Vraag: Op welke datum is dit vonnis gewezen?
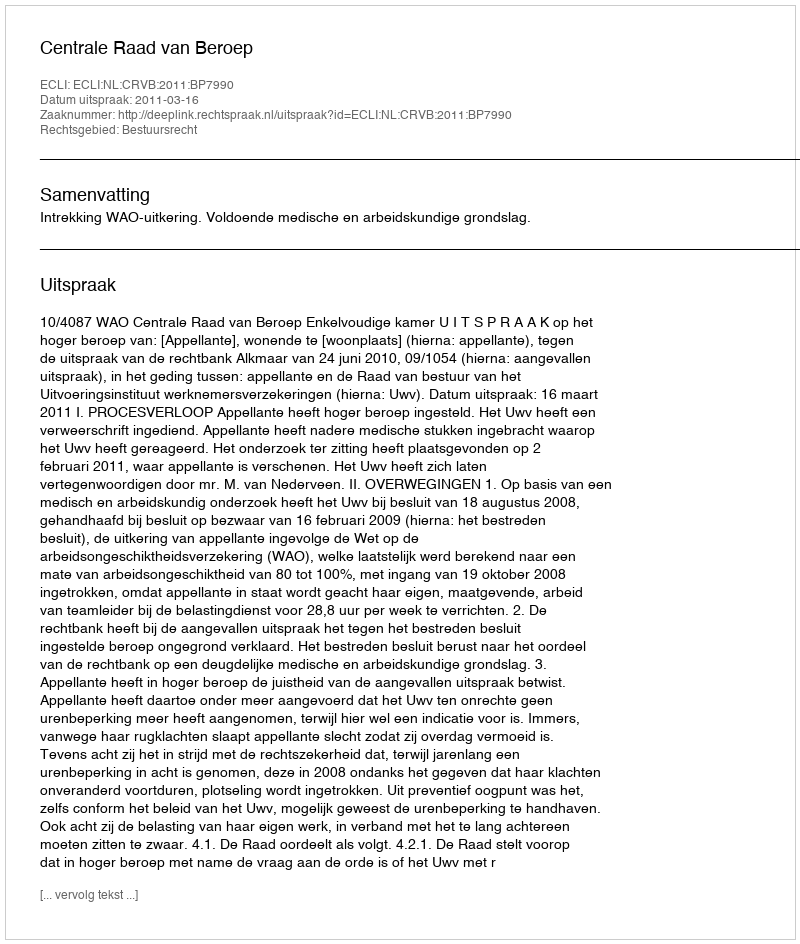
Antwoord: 2011-03-16